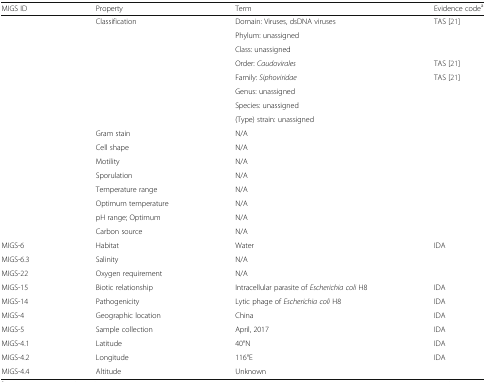
| MIGS ID | Property | Term | Evidence codea |
 | --- | --- | --- | --- |
 |  | Classification | Domain: Viruses, dsDNA viruses | TAS [21] |
 |  |  | Phylum: unassigned |  |
 |  |  | Class: unassigned |  |
 |  |  | Order: Caudovirales | TAS [21] |
 |  |  | Family: Siphoviridae | TAS [21] |
 |  |  | Genus: unassigned |  |
 |  |  | Species: unassigned |  |
 |  |  | (Type) strain: unassigned |  |
 |  | Gram stain | N/A |  |
 |  | Cell shape | N/A |  |
 |  | Motility | N/A |  |
 |  | Sporulation | N/A |  |
 |  | Temperature range | N/A |  |
 |  | Optimum temperature | N/A |  |
 |  | pH range; Optimum | N/A |  |
 |  | Carbon source | N/A |  |
 | MIGS-6 | Habitat | Water | IDA |
 | MIGS-6.3 | Salinity | N/A |  |
 | MIGS-22 | Oxygen requirement | N/A |  |
 | MIGS-15 | Biotic relationship | Intracellular parasite of Escherichia coli H8 | IDA |
 | MIGS-14 | Pathogenicity | Lytic phage of Escherichia coli H8 | IDA |
 | MIGS-4 | Geographic location | China | IDA |
 | MIGS-5 | Sample collection | April, 2017 | IDA |
 | MIGS-4.1 | Latitude | 40°N | IDA |
 | MIGS-4.2 | Longitude | 116°E | IDA |
 | MIGS-4.4 | Altitude | Unknown |  |